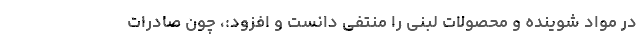
در مواد شوینده و محصولات لبنی را منتفی دانست و افزود:، چون صادرات